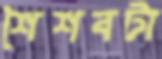
শৈশবটা